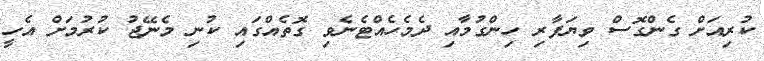
ކުރިއަށް ގެންގޮސް ވިޔަފާރި ހިންގުމާއި ދެމެހެއްޓެނެވި ގޮތެއްގައި ކުނި މެނޭޖު ކުރުމަށް އެހީ